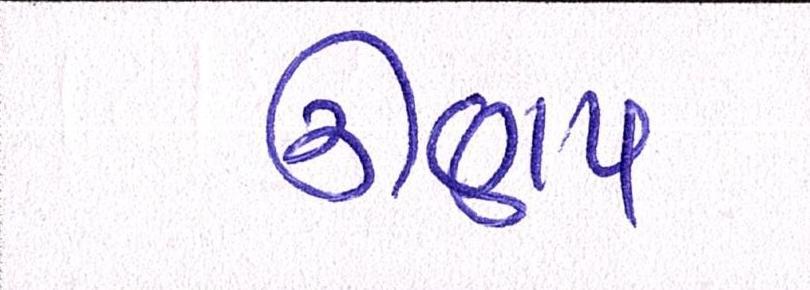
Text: ઊણપ